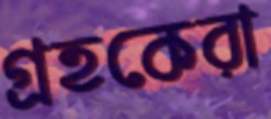
গ্রহকেরা